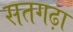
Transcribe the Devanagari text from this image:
सतगढ़ा